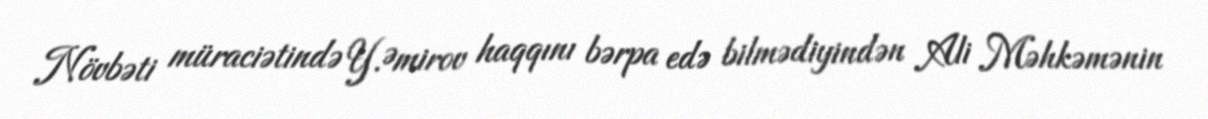
Növbəti müraciətində Y.Əmirov haqqını bərpa edə bilmədiyindən Ali Məhkəmənin